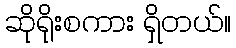
ဆိုရိုးစကား ရှိတယ်။